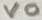
Text: VO